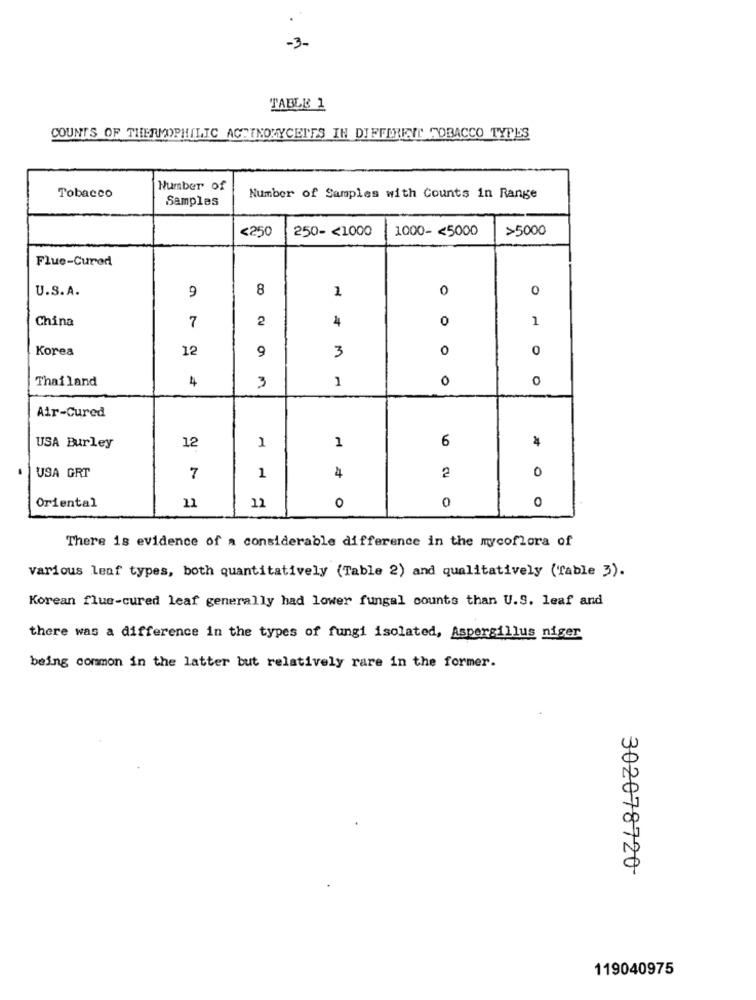
-3-
TABLE 1
COUNTS OF THERMOPHILIC ACTINOMYCETES IN DIFFERENT TOBACCO TYPES
Tobacco
Number of
Samples
Number of Samples with Counts in Range
<250
250 -< 1000
1000 -< 5000
>5000
Flue-Cured
U.S.A.
9
8
1
0
0
China
2
4
0
1
7
Korea
12
9
3
0
0
Thailand
4
0
0
3
Air-Cured
12
1
1
6
USA Burley
2
0
USA GRT
7
1
4
0
0
Oriental
11
11
O
There is evidence of a considerable difference in the mycoflora of
various leaf types, both quantitatively (Table 2) and qualitatively (Table 3).
Korean flue-cured leaf generally had lower fungal counts than U.S. leaf and
there was a difference in the types of fungi isolated, Aspergillus niger
being common in the latter but relatively rare in the former.
302078720
119040975